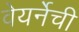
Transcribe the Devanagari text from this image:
वेयर्नेची